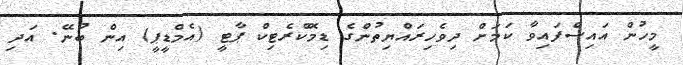
މީހުން އައިސްފައިވާ ކަމަށް ދިވެހިރައްޔިތުންގެ ޑިމޮކްރެޓިކް ޕާޓީ (އެމްޑީޕީ) އިން ބުނޭ. އަދި